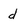
Character: d